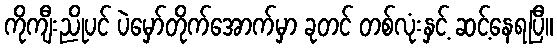
ကိုကျီးညိုပင် ပဲမှော်တိုက်အောက်မှာ ခုတင် တစ်လုံးနှင့် ဆင့်နေရပြီ။